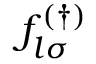
f _ { l \sigma } ^ { ( \dagger ) }